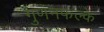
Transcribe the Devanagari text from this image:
गुणनफल्के